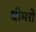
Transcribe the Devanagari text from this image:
धीमरों